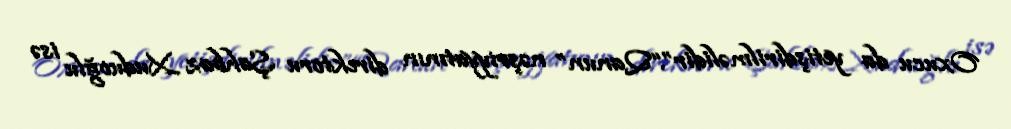
Oxucu da yetişdirilməlidir”.“Qanun” nəşriyyatının direktoru Şahbaz Xuduoğlu isə